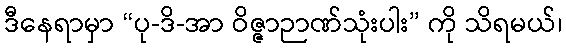
ဒီနေရာမှာ “ပု-ဒိ-အာ ဝိဇ္ဇာဉာဏ်သုံးပါး” ကို သိရမယ်၊